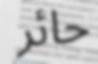
حائر